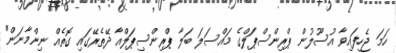
ހަމަ ޖެހިފައިވާ އުސޫލުން ޕްރިންސްޕަލްގެ މައްސަލަ ބަލާ ޕްރިންސިޕަލްއާ ދޭތެރޭގައި ގޮތެއް ނިންމާނަން"